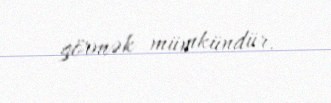
görmək mümkündür.